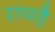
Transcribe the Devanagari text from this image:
रायहै